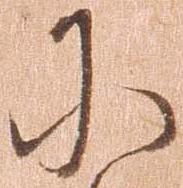
に